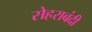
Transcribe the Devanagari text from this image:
सेहराबंदी